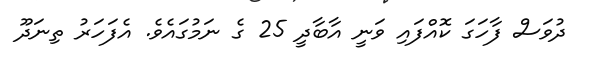
ދުވަސް ފާހަގަ ކޮއްފައި ވަނީ އާބާދީ 25 ގެ ނަމުގައެވެ. އެފަހަރު ތިނަދޫ